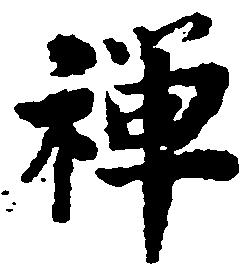
禅